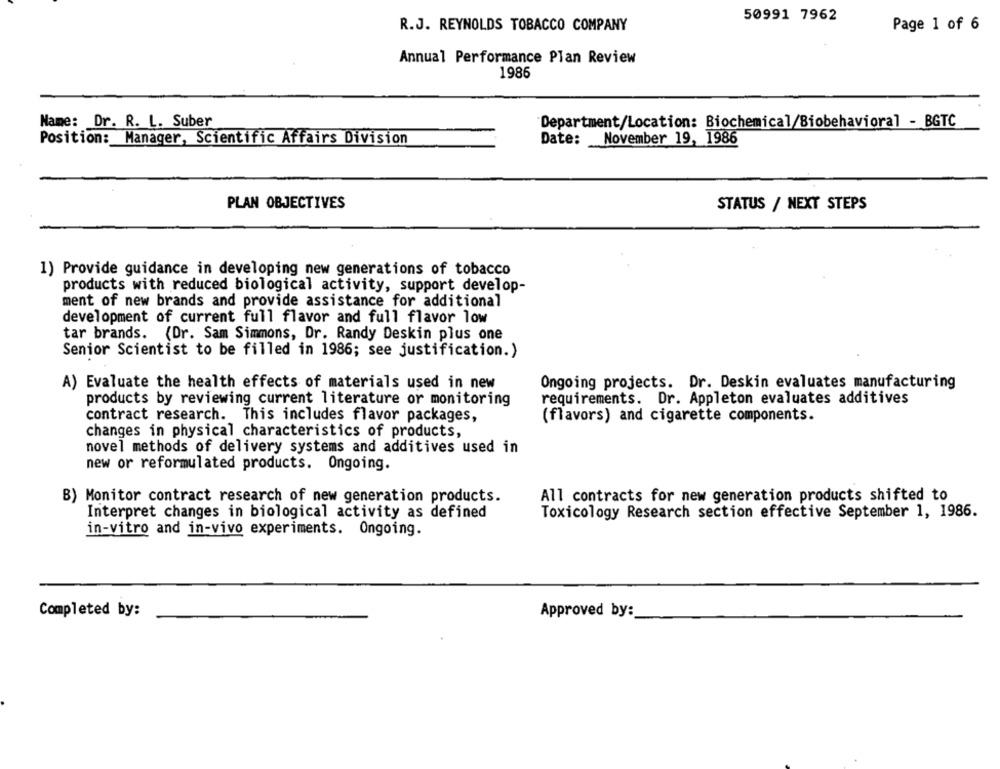
50991 7962
R.J. REYNOLDS TOBACCO COMPANY
Page 1 of 6
Annual Performance Plan Review
1986
Name: Dr. R. L. Suber
Department/Location: Biochemical/Biobehavioral - BGTC
Position: Manager, Scientific Affairs Division
Date: November 19, 1986
PLAN OBJECTIVES
STATUS / NEXT STEPS
1) Provide guidance in developing new generations of tobacco
products with reduced biological activity, support develop-
ment of new brands and provide assistance for additional
development of current full flavor and full flavor low
tar brands. (Dr. Sam Simmons, Dr. Randy Deskin plus one
Senior Scientist to be filled in 1986; see justification.)
Ongoing projects. Dr. Deskin evaluates manufacturing
A) Evaluate the health effects of materials used in new
products by reviewing current literature or monitoring
requirements. Dr. Appleton evaluates additives
contract research. This includes flavor packages,
(flavors) and cigarette components.
changes in physical characteristics of products,
novel methods of delivery systems and additives used in
new or reformulated products. Ongoing.
B) Monitor contract research of new generation products.
All contracts for new generation products shifted to
Interpret changes in biological activity as defined
Toxicology Research section effective September 1, 1986.
in-vitro and in-vivo experiments. Ongoing.
Completed by:
Approved by: